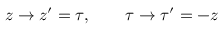
z \rightarrow z ^ { \prime } = \tau , \qquad \tau \rightarrow { \tau } ^ { \prime } = - z